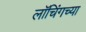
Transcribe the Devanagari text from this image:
लॉचिंगच्या